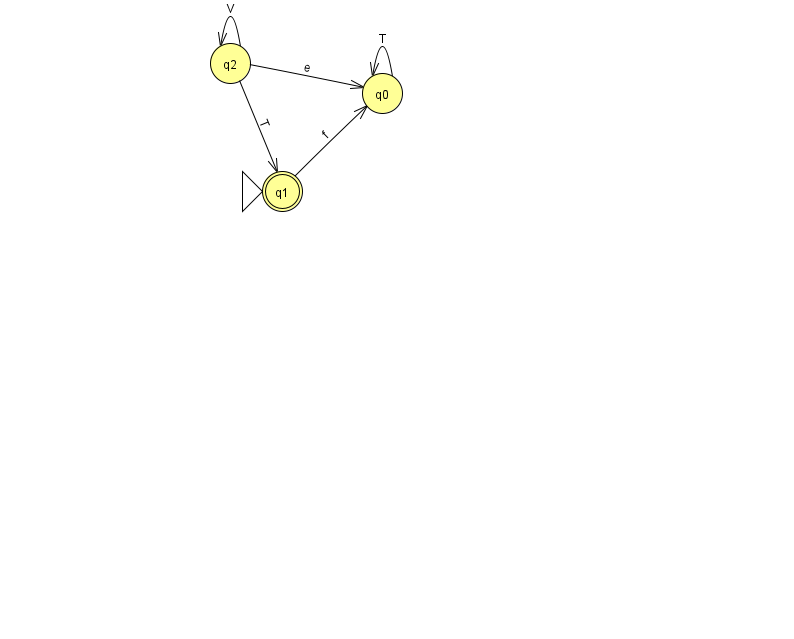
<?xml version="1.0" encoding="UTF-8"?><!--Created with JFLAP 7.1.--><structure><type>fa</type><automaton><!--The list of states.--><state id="0" name="q0"><x>382.0</x><y>80.0</y></state><state id="1" name="q1"><x>282.0</x><y>178.0</y><initial/><final/></state><state id="2" name="q2"><x>230.0</x><y>50.0</y></state><!--The list of transitions.--><transition><from>2</from><to>1</to><read>T</read></transition><transition><from>0</from><to>0</to><read>T</read></transition><transition><from>2</from><to>2</to><read>V</read></transition><transition><from>1</from><to>0</to><read>f</read></transition><transition><from>2</from><to>0</to><read>e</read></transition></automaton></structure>